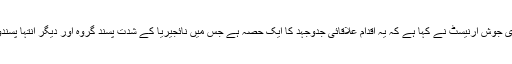
تاہم ،وائٹ ہاؤس کے پریس سکریٹری جوش ارنیسٹ نے کہا ہے کہ یہ اقدام علاقائی جدوجہد کا ایک حصہ ہے جس میں نائجیریا کے شدت پسند گروہ اور دیگر انتہا پسندوں کے پھیلاؤ کو روکنا مقصود ہے۔